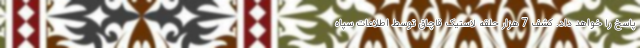
پاسخ را خواهد داد. کشف 7 هزار حلقه لاستیک قاچاق توسط اطلاعات سپاه